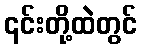
၎င်းတို့ထဲတွင်